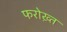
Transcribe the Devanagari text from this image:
फरोख़्त